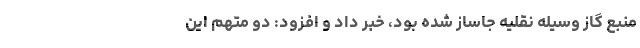
منبع گاز وسیله نقلیه جاساز شده بود، خبر داد و افزود: دو متهم این